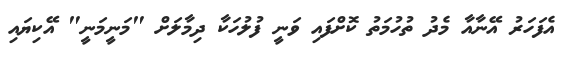
އެފަހަރު އޭނާއާ މެދު ތުހުމަތު ކޮށްފައި ވަނީ ފުލުހަކާ ދިމާލަށް "މަނީމަނީ" އޭކިޔައި